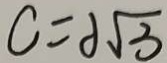
C = 2 \sqrt { 3 }